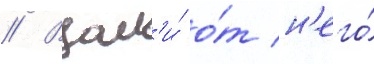
// Вдал'и́ о́т н'его́